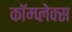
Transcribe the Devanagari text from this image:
कॉम्‍प्‍लेक्‍स